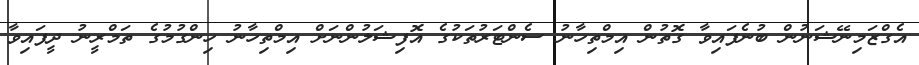
އެގްޒަމިނޭޝަނުން ބުނެފައިވާ ގޮތުން އިމްތިހާނު ސެންޓަރުތަކުގެ އޮފިޝަލުންނަށް އިމްތިހާނު ހިންގުމުގެ ތަމްރީނު ދީފައިވާ